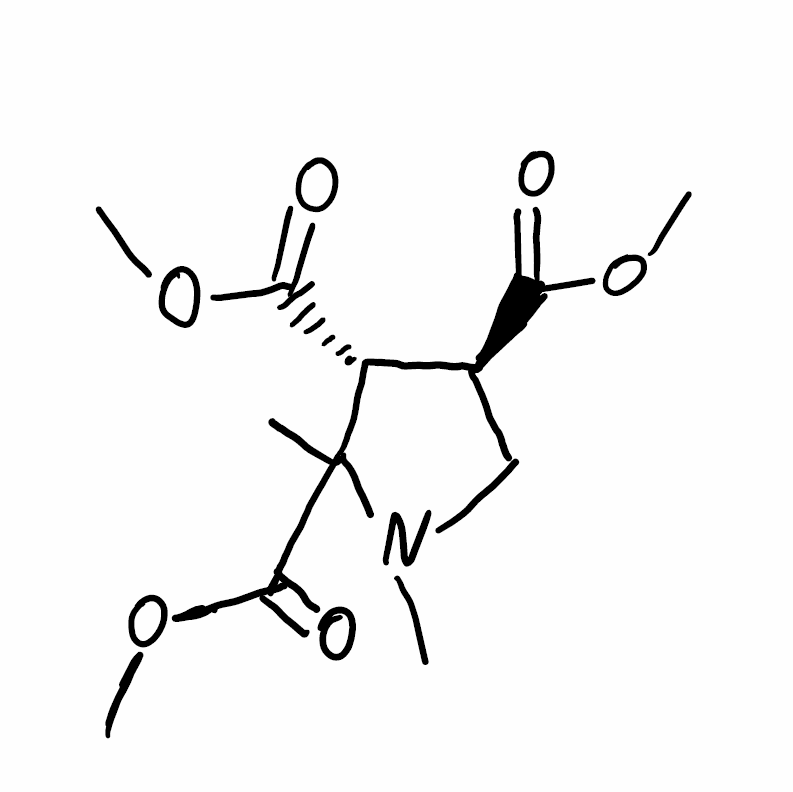
Simplified molecular-input line-entry system (SMILES) notation of the given molecule:
CC1([C@@H]([C@H](CN1C)C(=O)OC)C(=O)OC)C(=O)OC